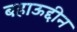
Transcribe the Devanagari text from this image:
बहाऊद्दीन